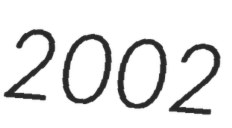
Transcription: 2002